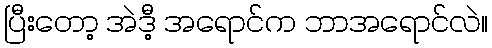
ပြီးတော့ အဲဒီ့ အရောင်က ဘာအရောင်လဲ။